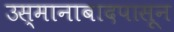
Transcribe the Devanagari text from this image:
उस्मानाबादपासून